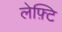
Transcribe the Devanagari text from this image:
लेफ़्टि